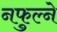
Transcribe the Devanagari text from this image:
नफुल्ने